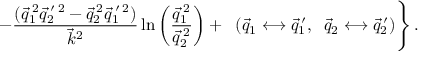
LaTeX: \left. \ - \frac { ( \vec { q } _ { 1 } ^ { \: 2 } \vec { q } _ { 2 } ^ { \: \prime \: 2 } - \vec { q } _ { 2 } ^ { \: 2 } \vec { q } _ { 1 } ^ { \: \prime \: 2 } ) } { { \vec { k } } _ { { } } ^ { 2 } } \ln \left( \frac { \vec { q } _ { 1 } ^ { \: 2 } } { \vec { q } _ { 2 } ^ { \: 2 } } \right) + \; \; ( \vec { q } _ { 1 } \longleftrightarrow \vec { q } _ { 1 } ^ { \: \prime } , \; \; \vec { q } _ { 2 } \longleftrightarrow \vec { q } _ { 2 } ^ { \: \prime } ) \right\} .